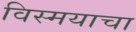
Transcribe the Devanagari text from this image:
विस्मयाचा